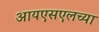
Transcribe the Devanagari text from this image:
आयएसएलच्या